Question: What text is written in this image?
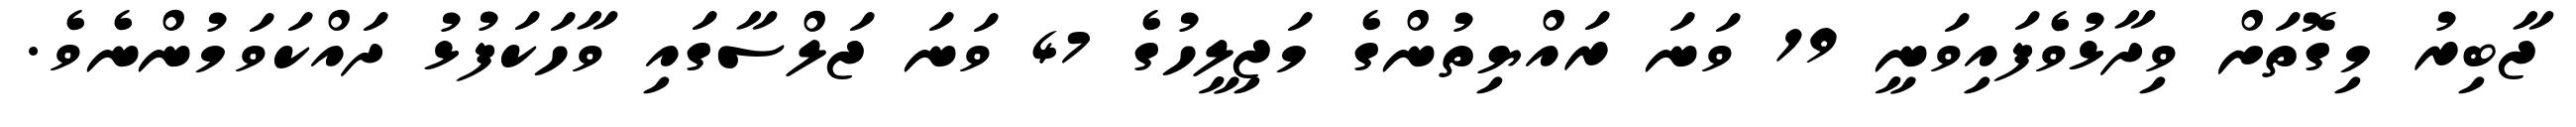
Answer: ޖާބިރު މިގޮތަށް ވިދާޅުވެފައިވަނީ 19 ވަނަ ރައްޔިތުންގެ މަޖިލީހުގެ 47 ވަނަ ޖަލްސާގައި ވާހަކަފުޅު ދައްކަވަމުންނެވެ.